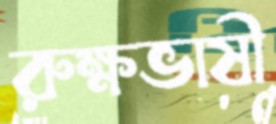
রুক্ষভাষী